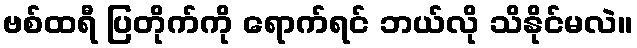
ဗစ်ထရီ ပြတိုက်ကို ရောက်ရင် ဘယ်လို သိနိုင်မလဲ။